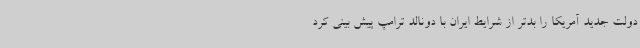
دولت جدید آمریکا را بدتر از شرایط ایران با دونالد ترامپ پیش بینی کرد